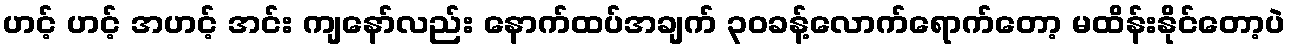
ဟင့် ဟင့် အဟင့် အင်း ကျနော်လည်း နောက်ထပ်အချက် ၃၀ခန့်လောက်ရောက်တော့ မထိန်းနိုင်တော့ပဲ